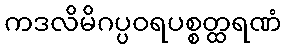
ကဒလိမိဂပ္ပဝရပစ္စတ္ထရဏံ